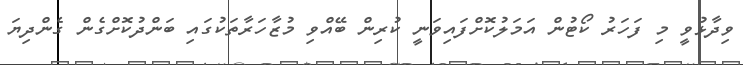
ވިދާޅުވީ މި ފަހަރު ކޯޓުން އަމަލުކޮށްފައިވަނީ ކުރިން ބޭއްވި މުޒާހަރާތަކުގައި ބަންދުކޮށްގެން ގެންދިޔަ